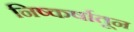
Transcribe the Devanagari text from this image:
निष्कर्षातून